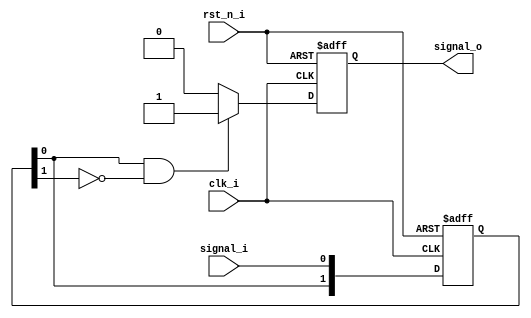
/********************************************************************
* History:															*
*	2018.10.23 setup												*
*	2023.07.27 add comments and change the interface name			*
* Description:														*
*   detect the rising edge of the signal logic.						*
*********************************************************************/
module detect_edge(
	input clk_i,			//main clock(consistent with the signal clock that needs to be output) 
	input rst_n_i,			//main reset
	input signal_i,			//input signal
	output reg signal_o		//the detected rising edge signal
);
//------------------ reg control -------------------//
reg [1:0]signal_reg;  //sync signal
//---------- detected rising edge signal -----------//
always @(posedge clk_i or negedge rst_n_i) begin 
	if(!rst_n_i) signal_reg <= 2'b00;
	else signal_reg <= {signal_reg[0],signal_i};
end 
always @(posedge clk_i or negedge rst_n_i) begin 
	if(!rst_n_i) signal_o <= 1'b0;
	else if(signal_reg[0] && (!signal_reg[1])) signal_o <= 1'b1; //detect rising edge
	else signal_o <= 1'b0;
end 
endmodule